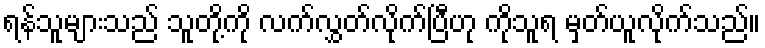
ရန်သူများသည် သူတို့ကို လက်လွှတ်လိုက်ပြီဟု ကိုသူရ မှတ်ယူလိုက်သည်။